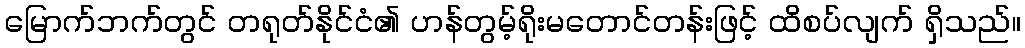
မြောက်ဘက်တွင် တရုတ်နိုင်ငံ၏ ဟန်တွမ့်ရိုးမတောင်တန်းဖြင့် ထိစပ်လျက် ရှိသည်။